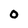
Character: 0